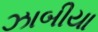
ઝાબીયા